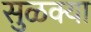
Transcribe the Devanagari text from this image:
सुळक्या